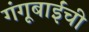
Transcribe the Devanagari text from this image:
गंगूबाईंची